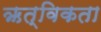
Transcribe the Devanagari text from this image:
ऋत्विकता